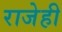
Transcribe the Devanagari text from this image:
राजेही